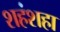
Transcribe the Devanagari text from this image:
शहंशहा